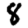
Digit: 8